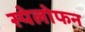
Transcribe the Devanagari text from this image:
स्पेलोफन